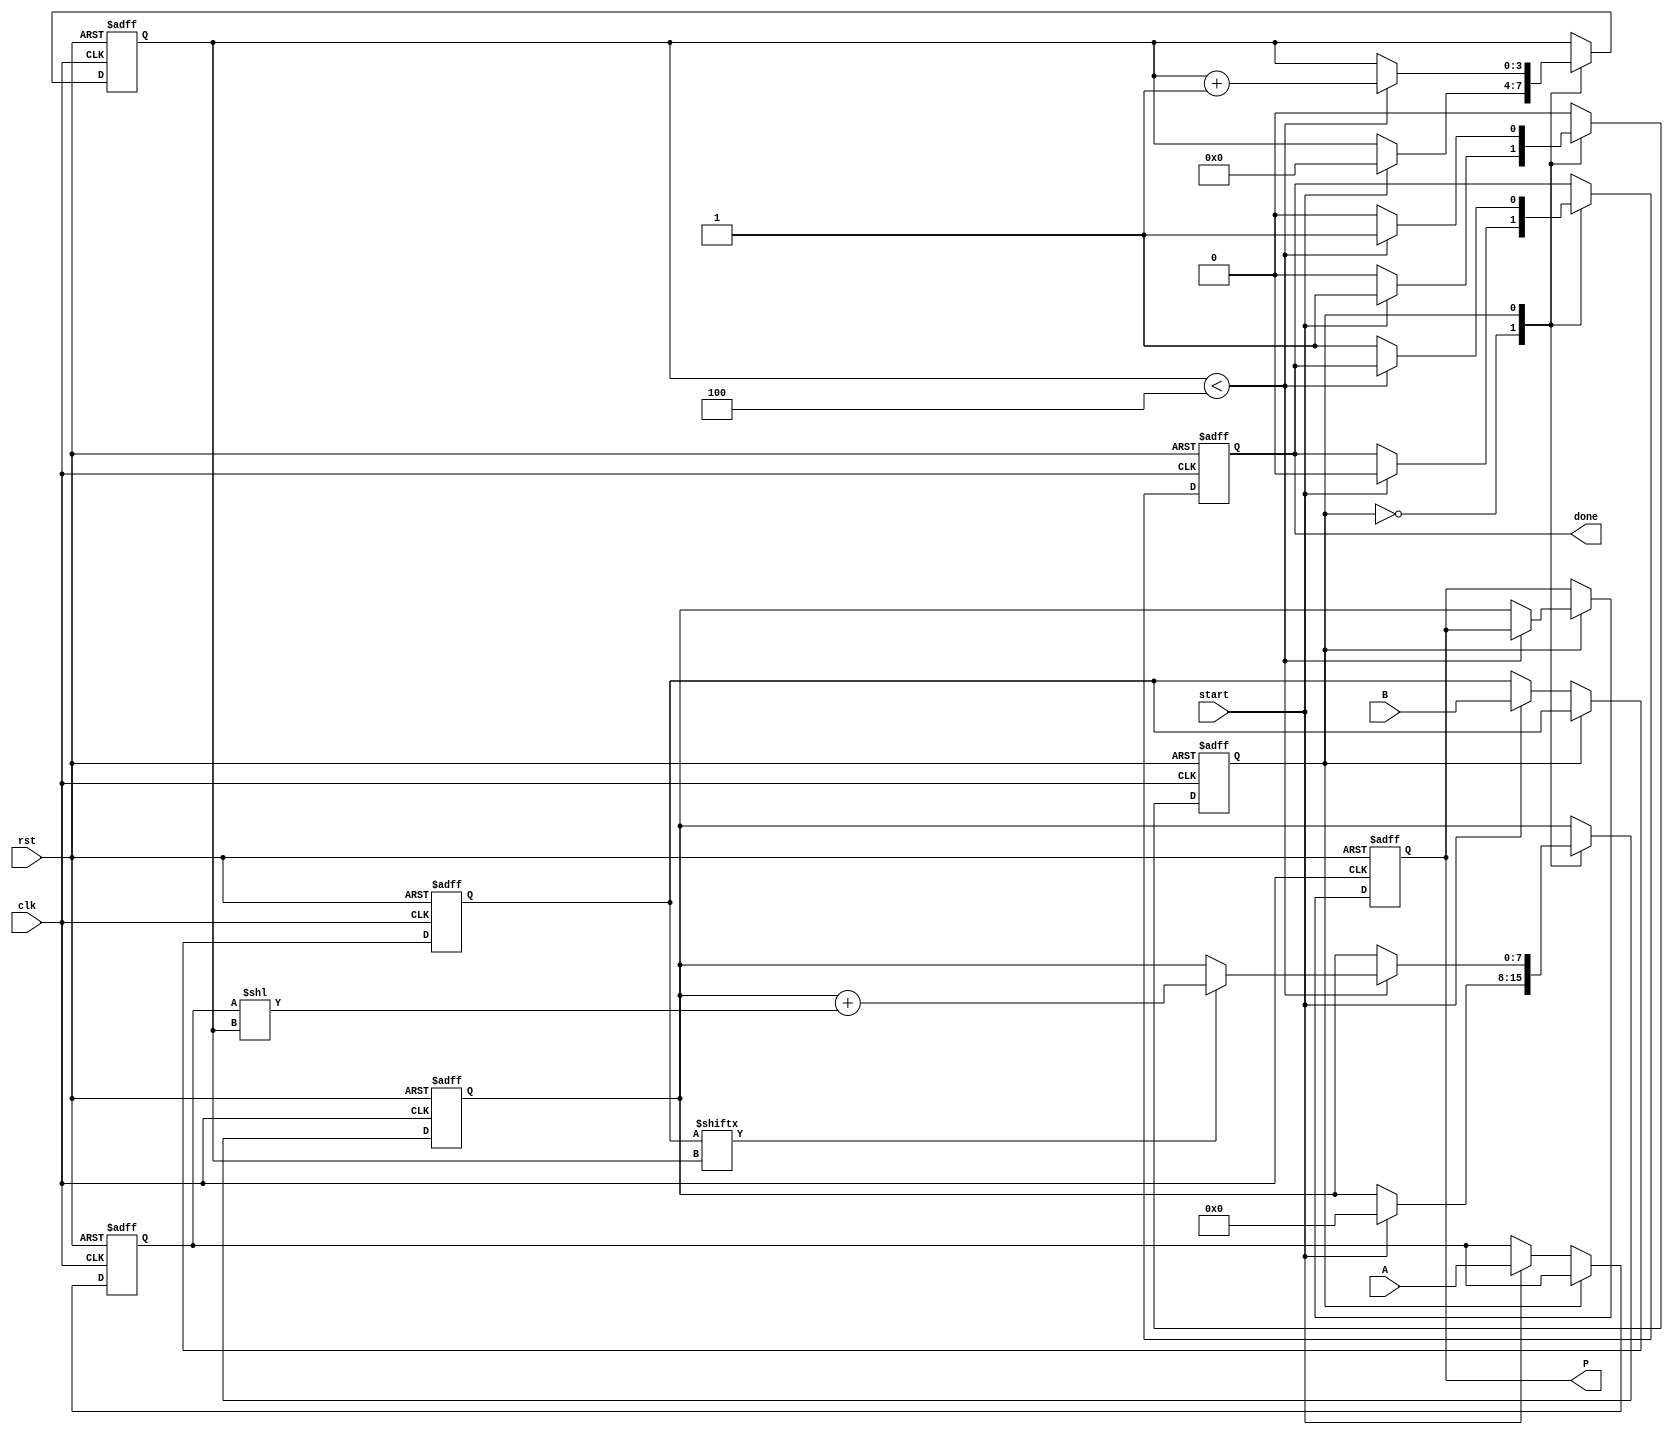
module radix2_multiplier #(parameter n = 4) (
    input clk,                  // Clock signal
    input rst,                  // Reset signal
    input start,                // Control signal to initiate multiplication
    input [n-1:0] A,           // Multiplicand
    input [n-1:0] B,           // Multiplier
    output reg [2*n-1:0] P,    // Product
    output reg done             // Completion signal
);
    reg [n-1:0] multiplicand;
    reg [n-1:0] multiplier;
    reg [2*n-1:0] partial_product;
    reg [n-1:0] counter;        // Counter for iterations
    reg state;                  // State variable

    // States
    localparam IDLE = 1'b0;
    localparam MULTIPLY = 1'b1;

    always @(posedge clk or posedge rst) begin
        if (rst) begin
            P <= 0;
            partial_product <= 0;
            multiplicand <= 0;
            multiplier <= 0;
            counter <= 0;
            state <= IDLE;
            done <= 1'b0;
        end else begin
            case (state)
                IDLE: begin
                    if (start) begin
                        multiplicand <= A;          // Load A
                        multiplier <= B;            // Load B
                        partial_product <= 0;        // Clear partial product
                        counter <= 0;               // Reset counter
                        done <= 1'b0;               // Clear done signal
                        state <= MULTIPLY;          // Move to multiply state
                    end
                end
                
                MULTIPLY: begin
                    if (counter < n) begin
                        if (multiplier[counter]) begin
                            partial_product <= partial_product + (multiplicand << counter);
                        end
                        counter <= counter + 1;    // Increment counter
                    end else begin
                        P <= partial_product;      // Store the final product
                        done <= 1'b1;              // Set done signal high
                        state <= IDLE;              // Go back to idle state
                    end
                end
                
                default: state <= IDLE;      // Reset to idle on unexpected state
            endcase
        end
    end
endmodule